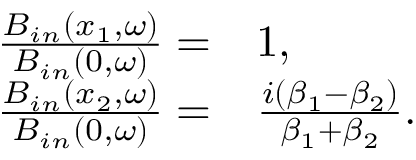
\begin{array} { r l } { \frac { B _ { i n } ( x _ { 1 } , \omega ) } { B _ { i n } ( 0 , \omega ) } = } & { { } 1 , } \\ { \frac { B _ { i n } ( x _ { 2 } , \omega ) } { B _ { i n } ( 0 , \omega ) } = } & { { } \frac { i ( \beta _ { 1 } - \beta _ { 2 } ) } { \beta _ { 1 } + \beta _ { 2 } } . } \end{array}